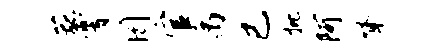
菰霄罔官禹已批阿脊